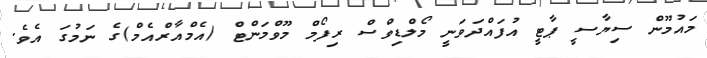
މައުމޫން ސިޔާސީ ޕާޓީ އުފައްދަވަނީ މޯލްޑިވްސް ރިފޯމް މޫވްމަންޓް (އެމްއާރްއެމް)ގެ ނަމުގަ އެވެ.